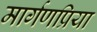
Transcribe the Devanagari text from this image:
मार्गणप्रिया